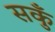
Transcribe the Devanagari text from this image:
सकुँ